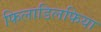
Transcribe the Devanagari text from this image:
फिलाडिलफिया